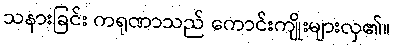
သနားခြင်း ကရုဏာသည် ကောင်းကျိုးများလှ၏။